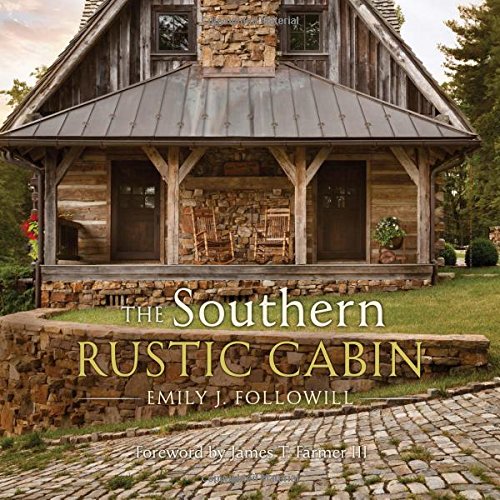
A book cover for Southern Rustic Cabin; Crafts, Hobbies & Home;